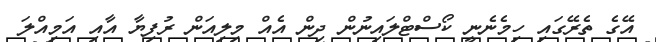
އޭގެ ތެރޭގައި ހިމެނެނީ ކޯސްޓްލައިނުން ދިން އެއް މިލިއަން ރުފިޔާ އާއި އަމިއްލަ